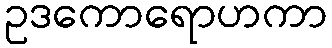
ဥဒကောရောဟကာ